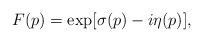
\begin{align*}F(p)=\exp[{\sigma(p)- i \eta(p) }],\end{align*}